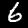
Digit: 6